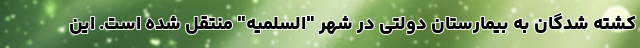
کشته شدگان به بیمارستان دولتی در شهر "السلمیه" منتقل شده است. این